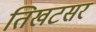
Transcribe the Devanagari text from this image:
तिखटसर